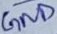
Text: GND